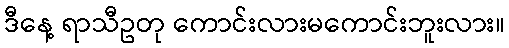
ဒီနေ့ ရာသီဥတု ကောင်းလားမကောင်းဘူးလား။